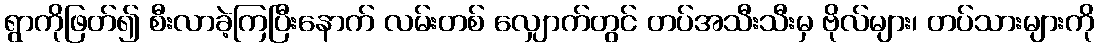
ရွာကိုဖြတ်၍ စီးလာခဲ့ကြပြီးနောက် လမ်းတစ် လျှောက်တွင် တပ်အသီးသီးမှ ဗိုလ်များ၊ တပ်သားများကို